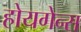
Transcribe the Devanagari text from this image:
होयगेन्स